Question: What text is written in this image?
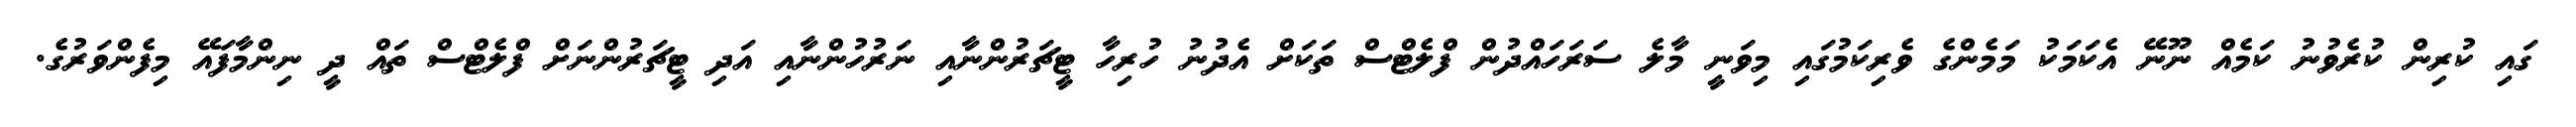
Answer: ގައި ކުރިން ކުރެވުނު ކަމެއް ނޫނޭ އެކަމަކު މަމެންގެ ވެރިކަމުގައި މިވަނީ މާލެ ސަރަހައްދުން ފްލެޓްސް ތަކަށް އެދުނު ހުރިހާ ޓީޗަރުންނާއި ނަރުހުންނާއި އަދި ޓީޗަރުންނަށް ފްލެޓްސް ތައް ދީ ނިންމާފައޭ މިފެންވަރުގެ.